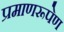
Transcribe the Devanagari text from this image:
प्रमाणरूपेण